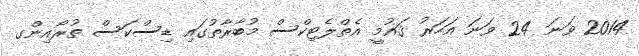
2014 ވަނަ 24 ވަނަ އަހަރު ޤައުމީ އެތްލެޓިކްސް މުބާރާތުގައި ޑިސްކަސް ތުރޯއިންގ